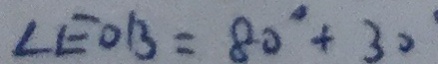
\angle E O B = 8 0 ^ { \circ } + 3 0 ^ { \circ }